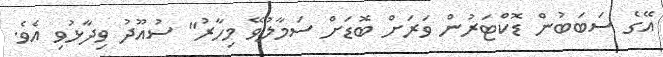
އޭގެ ސަބަބުން ޑޮކްޓަރުން ވަރަށް ބޮޑަށް ސަމާލުވޭ މިހާރު" ސުއޫދު ވިދާޅުވި އެވެ.